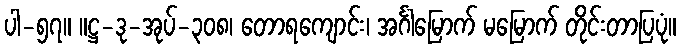
ပါ-၅၇။ ။ဋ္ဌ-ဒု-အုပ်-၃၀၈၊ တောရကျောင်း၊ အင်္ဂါမြောက် မမြောက် တိုင်းတာပြပုံ။